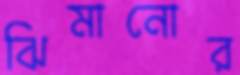
ঝিমানোর